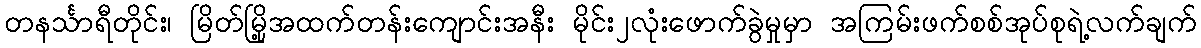
တနင်္သာရီတိုင်း၊ မြိတ်မြို့အထက်တန်းကျောင်းအနီး မိုင်း၂လုံးဖောက်ခွဲမှုမှာ အကြမ်းဖက်စစ်အုပ်စုရဲ့လက်ချက်